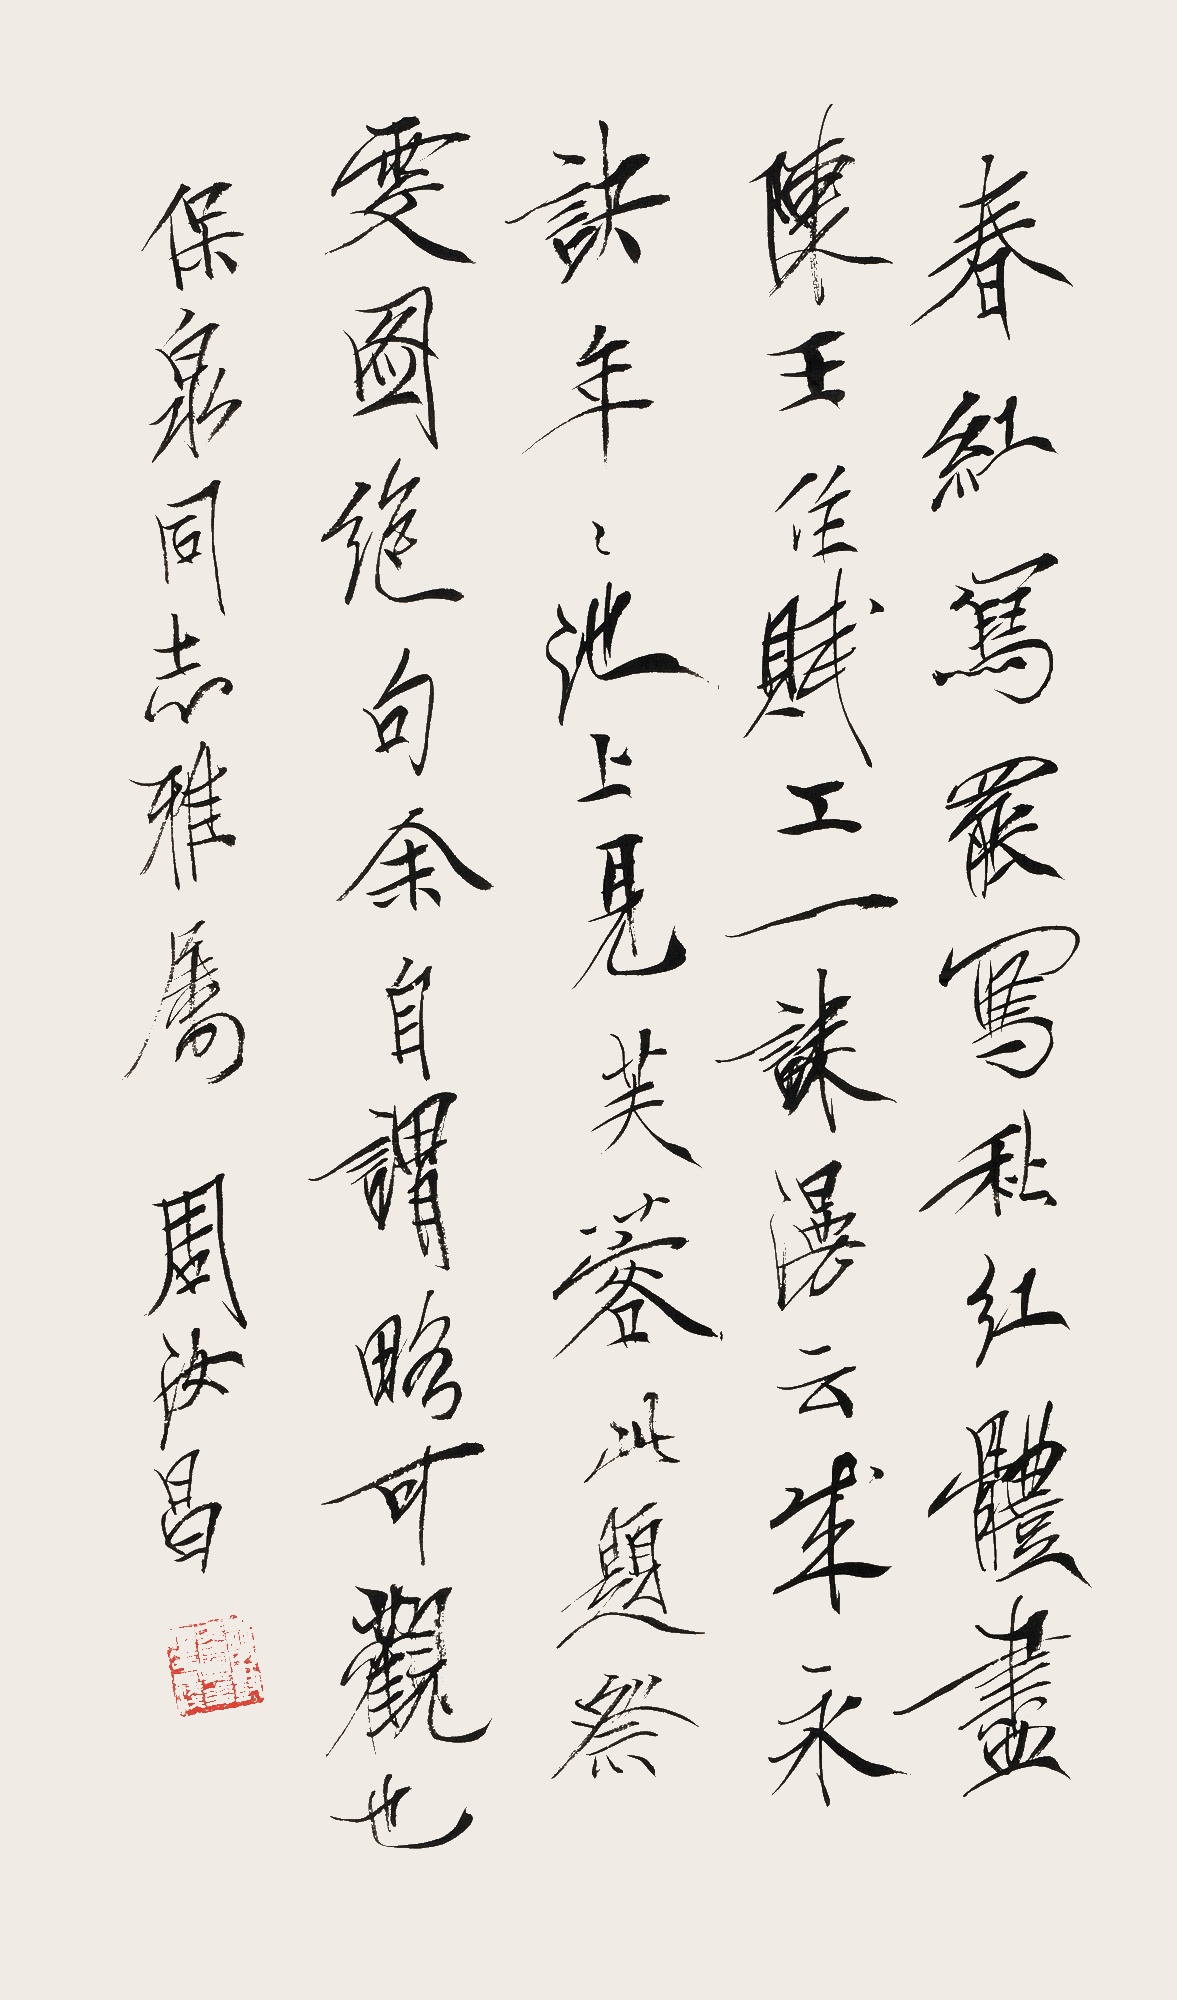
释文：春红写罢写秋红，体尽陈王作赋工。一诔漫云成永诀，年年池上见芙蓉。此题《祭雯图》绝句，余自谓略可观也。保泉同志雅属，周汝昌。